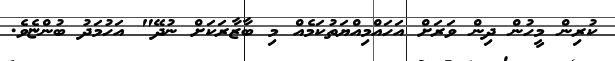
ކުރިން މީހުން ދިން ވަރަށް އަހައްމިއްޔަތުކަމެއް މި ބާޒާރަކަށް ނުދޭ" އަހުމަދު ބުންޏެވެ.